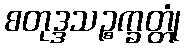
စတုဒ္ဒသဉ္စက္ခတ္တုံ